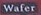
Wafer